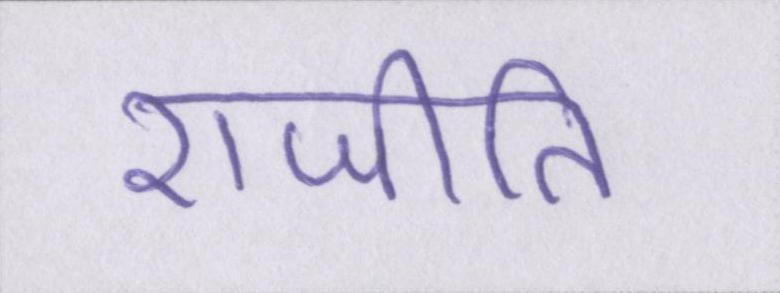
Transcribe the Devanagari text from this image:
राजीति